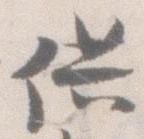
供